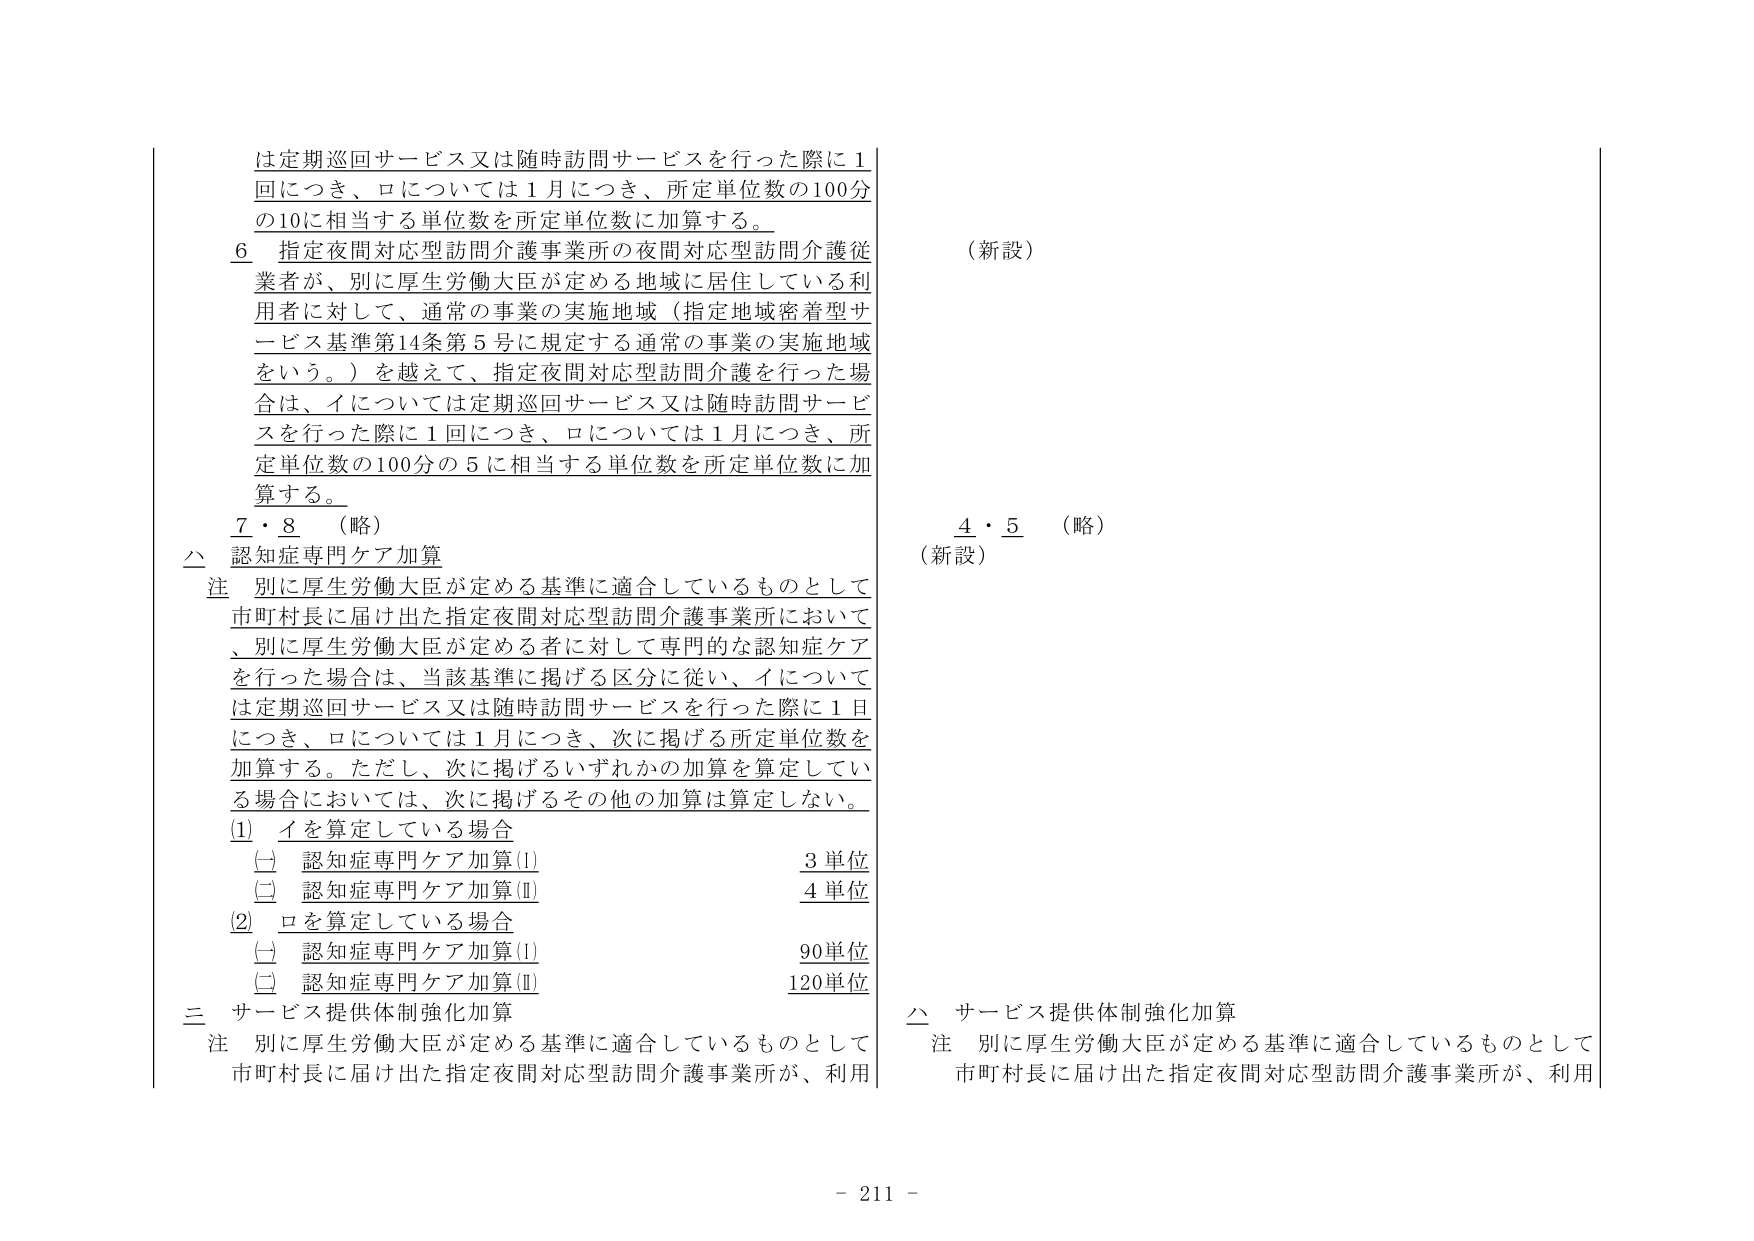
は定期巡回サービス又は随時訪問サービスを行った際に1回につき、ロについては1月につき、所定単位数の100分の10に相当する単位数を所定単位数に加算する。

6 指定夜間対応型訪問介護事業所の夜間対応型訪問介護従業者が、別に厚生労働大臣が定める地域に居住している利用者に対して、通常の事業の実施地域（指定地域密着型サービス基準第14条第5号に規定する通常の事業の実施地域をいう。）を越えて、指定夜間対応型訪問介護を行った場合は、イについては定期巡回サービス又は随時訪問サービスを行った際に1回につき、ロについては1月につき、所定単位数の100分の5に相当する単位数を所定単位数に加算する。

7・8 （略）

△ 認知症専門ケア加算

注 別に厚生労働大臣が定める基準に適合しているものとして市町村長に届け出た指定夜間対応型訪問介護事業所において、別に厚生労働大臣が定める者に対して専門的な認知症ケアを行った場合は、当該基準に掲げる区分に従い、イについては定期巡回サービス又は随時訪問サービスを行った際に1日につき、ロについては1月につき、次に掲げる所定単位数を加算する。ただし、次に掲げるいずれかの加算を算定している場合においては、次に掲げるその他の加算は算定しない。

(1) イを算定している場合
　(一) 認知症専門ケア加算(Ⅰ)　　　　　　　　　3単位
　(二) 認知症専門ケア加算(Ⅱ)　　　　　　　　　4単位

(2) ロを算定している場合
　(一) 認知症専門ケア加算(Ⅰ)　　　　　　　　　90単位
　(二) 認知症専門ケア加算(Ⅱ)　　　　　　　　　120単位

三 サービス提供体制強化加算

注 別に厚生労働大臣が定める基準に適合しているものとして市町村長に届け出た指定夜間対応型訪問介護事業所が、利用

（新設）

4・5 （略）

（新設）

△ サービス提供体制強化加算

注 別に厚生労働大臣が定める基準に適合しているものとして市町村長に届け出た指定夜間対応型訪問介護事業所が、利用

- 211 -